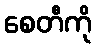
စေတီကို